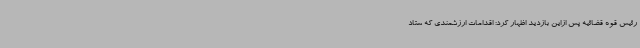
رئیس قوه قضائیه پس ازاین بازدید اظهار کرد: اقدامات ارزشمندی که ستاد